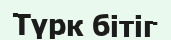
Түрк бітіг